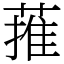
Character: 蓷